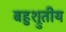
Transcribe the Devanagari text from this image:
बहुश्रुतीय